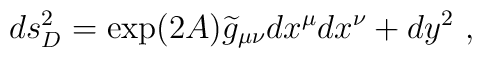
ds_D^2=\exp(2A){\widetilde g}_{\mu\nu} dx^\mu dx^\nu+dy^2~,